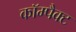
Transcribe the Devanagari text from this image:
काॅम्पैक्ट